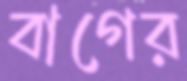
বাগের